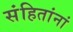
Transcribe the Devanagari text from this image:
संहितांनां